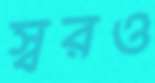
স্বরও